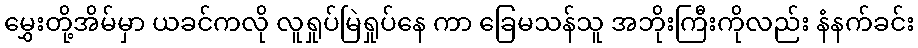
မွှေးတို့အိမ်မှာ ယခင်ကလို လူရှုပ်မြဲရှုပ်နေ ကာ ခြေမသန်သူ အဘိုးကြီးကိုလည်း နံနက်ခင်း